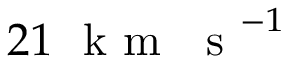
2 1 ~ \mathrm { ~ k ~ m ~ ~ ~ s ~ } ^ { - 1 }